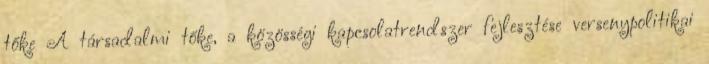
tőke A társadalmi tőke, a közösségi kapcsolatrendszer fejlesztése versenypolitikai